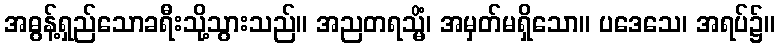
အဓွန့်ရှည်သောခရီးသို့သွားသည်။ အညတရသ္မိံ၊ အမှတ်မရှိသော။ ပဒေသေ၊ အရပ်၌။